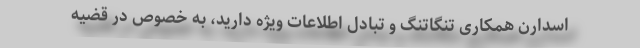
اسدارن همکاری تنگاتنگ و تبادل اطلاعات ویژه دارید، به خصوص در قضیه